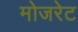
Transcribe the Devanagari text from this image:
मोजरेट